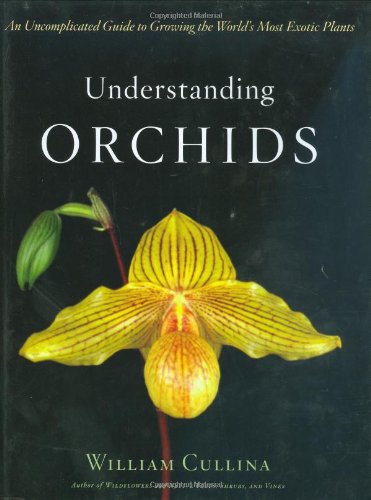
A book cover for Understanding Orchids: An Uncomplicated Guide to Growing the World's Most Exotic Plants; William Cullina; Crafts, Hobbies & Home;